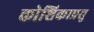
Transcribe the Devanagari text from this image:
कोशिकाप्रसु